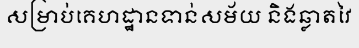
សម្រាប់គេហដ្ឋានទាន់សម័យ និងឆ្លាតវៃ